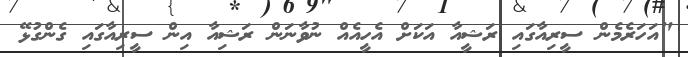
"އަހަރެމެން ސީރިއާގައި ރަޝީއާ އަކަށް އެހީއެއް ނުވާނަން ރަޝިއާ އިން ސީރިއާގައި ގެންގުޅޭ